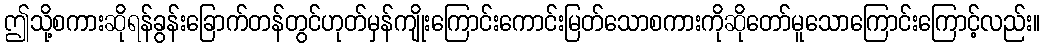
ဤသို့စကားဆိုရန်ခွန်းခြောက်တန်တွင်ဟုတ်မှန်ကျိုးကြောင်းကောင်းမြတ်သောစကားကိုဆိုတော်မူသောကြောင်းကြောင့်လည်း။